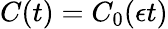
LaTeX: C(t)=C_{0}(\epsilon t)